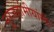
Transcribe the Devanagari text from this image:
नूरजहांमीयांमीर